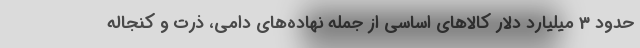
حدود 3 میلیارد دلار کالاهای اساسی از جمله نهاده‌های دامی، ذرت و کنجاله